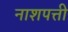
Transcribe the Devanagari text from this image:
नाशपत्ती